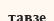
тавзе